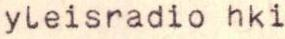
yleisradio hki